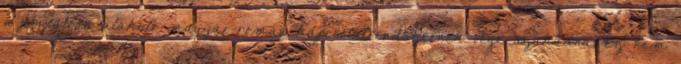
a biztatóan alakuló magyar-román kapcsolatrendszernek vége szakadna, ez nem